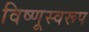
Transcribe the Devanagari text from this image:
विष्णूस्वरूप